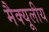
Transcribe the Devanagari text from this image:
मैक्यूलीय